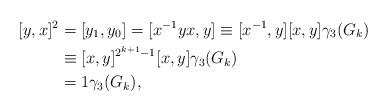
LaTeX: \begin{align*}[y,x]^2&=[y_1,y_0] =[x^{-1}yx,y]\equiv [x^{-1},y][x,y]\gamma_3(G_k)\\&\equiv [x,y]^{2^{k+1}-1}[x,y]\gamma_3(G_k)\\&= 1 \gamma_3(G_k),\end{align*}